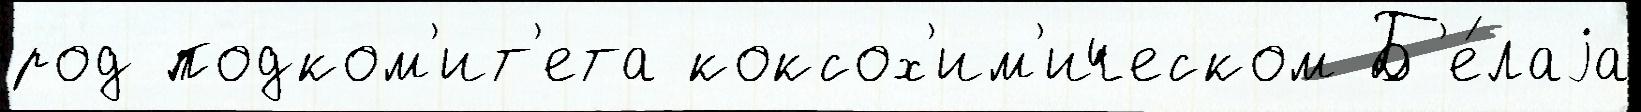
род подком'ит'ета коксох'им'ическом Б'е́лаjа